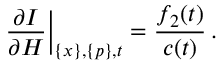
\left. \frac { \partial I } { \partial H } \right| _ { \{ x \} , \{ p \} , t } = \frac { f _ { 2 } ( t ) } { c ( t ) } \, .